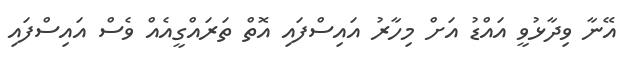
އޭނާ ވިދާޅުވީ އައްޑު އަށް މިހާރު އައިސްފައި އޮތް ތަރައްގީއެއް ވެސް އައިސްފައި